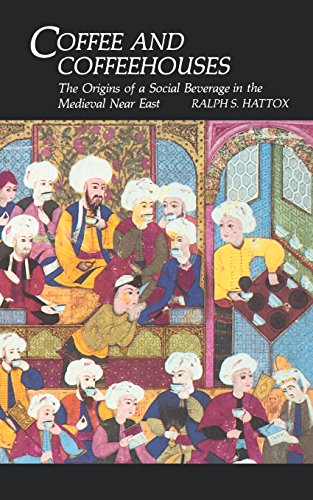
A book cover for Coffee and Coffeehouses: The Origins of a Social Beverage in the Medieval Near East (Publications on the Near East); Ralph Hattox; Cookbooks, Food & Wine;